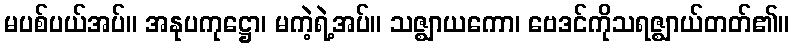
မပစ်ပယ်အပ်။ အနုပကုဋ္ဌော၊ မကဲ့ရဲ့အပ်။ သဇ္ဈာယကော၊ ဗေဒင်ကိုသရဇ္ဈာယ်တတ်၏။